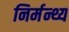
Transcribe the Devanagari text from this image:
निर्मन्थ्य